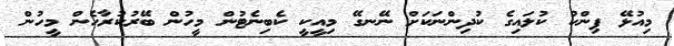
މިއުޅޭ ޕިންކު ކުލައިގެ ކުދިންނަކަށް ނޭނގޭ މިއީކީ ކެބިނެޓުން މީހުން ބޭރުކުރާހެން މީހުން